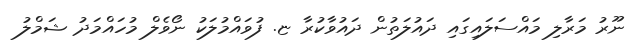
ނޫރު މަރާލި މައްސަލައިގައި ދައުލަތުން ދައުވާކުރާ ޏ. ފުވައްމުލަކު ނޯވެލް މުހައްމަދު ޝަމްލު